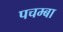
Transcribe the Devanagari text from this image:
पचम्बा